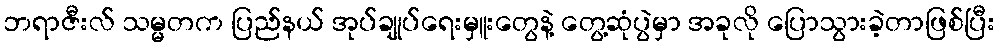
ဘရာဇီးလ် သမ္မတက ပြည်နယ် အုပ်ချုပ်ရေးမှူးတွေနဲ့ တွေ့ဆုံပွဲမှာ အခုလို ပြောသွားခဲ့တာဖြစ်ပြီး